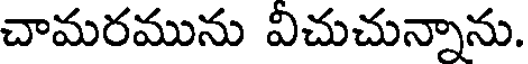
చామరమును విచుచున్నాను.